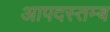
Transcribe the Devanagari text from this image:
आपदस्तम्ब